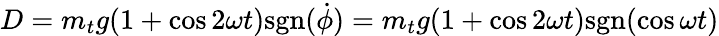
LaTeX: D=m_{t}g(1+\cos 2\omega t)\mathrm{sgn}(\dot{\phi})=m_{t}g(1+\cos 2\omega t)\mathrm{sgn}(\cos\omega t)